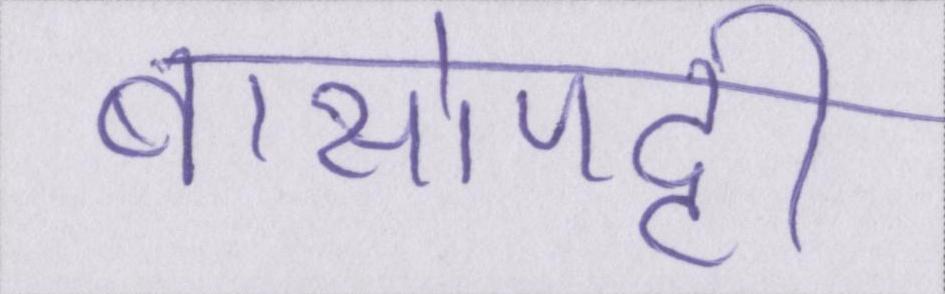
बासोपट्टी